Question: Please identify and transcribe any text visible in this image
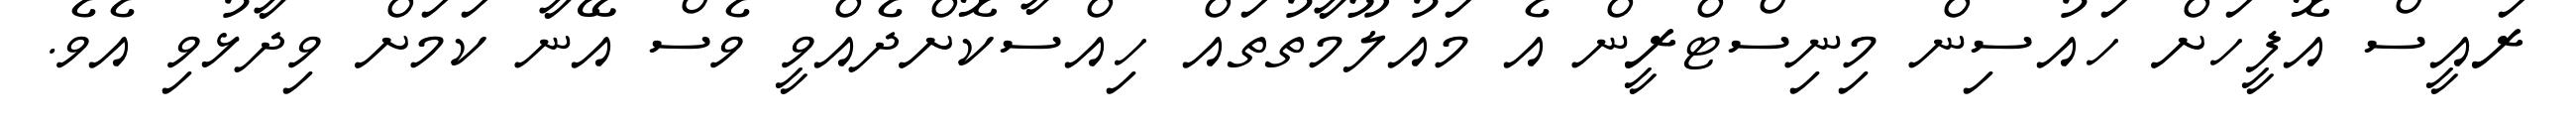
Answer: ރައީސް އޮފީހަށް ހައުސިން މިނިސްޓްރީން އެ މައުލޫމާތުތައް ހިއްސާކޮށްދެއްވީ ވެސް އޭނާ ކަމަށް ވިދާޅުވި އެވެ.